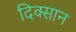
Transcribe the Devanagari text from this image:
दिक्सान